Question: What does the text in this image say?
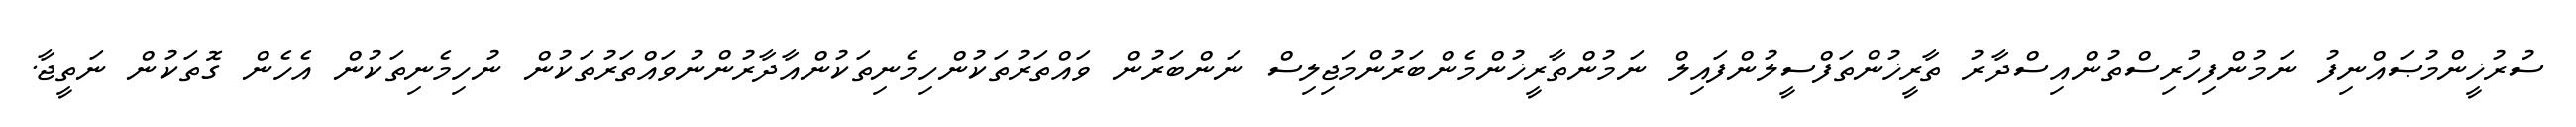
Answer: ސުރުޚީންމުޞައްނިފު ނަމުންފިހުރިސްތުންއިސްދާރު ތާރީޚުންތަފްސީލުންފައިލް ނަމުންތާރީޚުންމެންބަރުންމަޖިލިސް ނަންބަރުން ވައްތަރުތަކުންހިމެނިތަކުންއާދާރުންނުވައްތަރުތަކުން ނުހިމެނިތަކުން އެހެން ގޮތަކުން ނަތީޖާ.